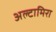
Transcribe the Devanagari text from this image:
अल्टामिरा